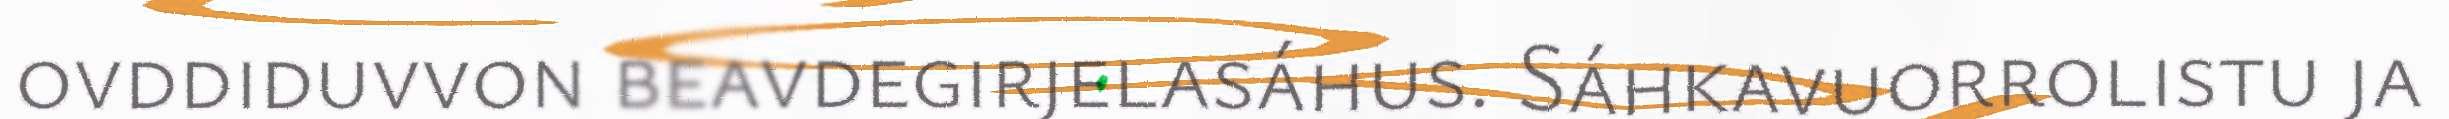
ovddiduvvon beavdegirjelasáhus. Sáhkavuorrolistu ja